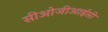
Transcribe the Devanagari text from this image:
सीओजीआईसी